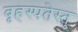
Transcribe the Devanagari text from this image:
बृहस्पतेस्तु